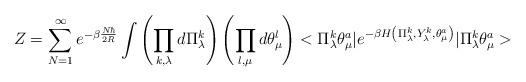
LaTeX: \begin{align*}Z=\sum_{N=1}^\infty e^{-\beta \frac{N\hbar}{2R}}\int\left(\prod_{k,\lambda}d \Pi_\lambda^k\right)\left(\prod_{l,\mu}d \theta_\mu^l\right)<\Pi^k_\lambda \theta_\mu^a|e^{-\beta H\left(\Pi_\lambda^k,Y_\lambda^k,\theta_\mu^a\right)}|\Pi^k_\lambda \theta_\mu^a>\end{align*}